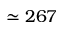
\simeq 2 6 7